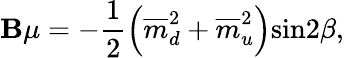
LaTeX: \mathbf{B}\mu=-\frac{{1}}{{2}}\left(\overline{{{{m}}}}_{d}^{2}+\overline{{{{m}}}}_{u}^{2}\right)\mathrm{{sin}}2\beta,